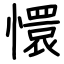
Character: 懁